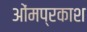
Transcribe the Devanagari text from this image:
ओंमप्रकाश